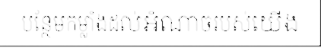
បន្ថែមកម្លាំងដល់អំណាចរបស់យើង